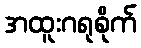
အထူးဂရုစိုက်